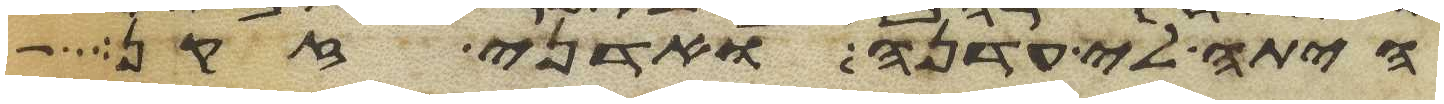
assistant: היתה לי עדנה ואדני זקן